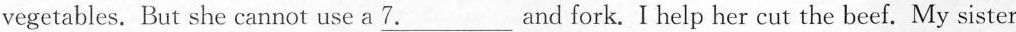
vegetables. But she cannot use a \underline{7.}And fork. I help her cut the beef. My sister